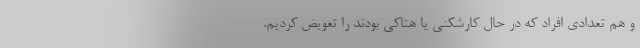
و هم تعدادی افراد که در حال کارشکنی یا هتاکی بودند را تعویض کردیم.